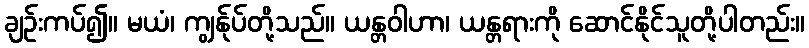
ချဉ်းကပ်၍။ မယံ၊ ကျွန်ုပ်တို့သည်။ ယန္တဝါဟာ၊ ယန္တရားကို ဆောင်နိုင်သူတို့ပါတည်း။